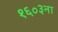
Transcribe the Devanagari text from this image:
१६०३ना